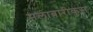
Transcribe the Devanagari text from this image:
मलाबारीकुस